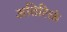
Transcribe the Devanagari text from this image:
अतिरिक्तं